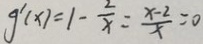
g ^ { \prime } ( x ) = 1 - \frac { 2 } { x } = \frac { x - 2 } { x } = 0